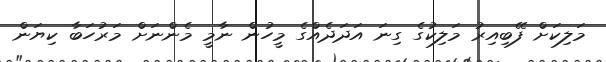
މަލިކަށް ފޭބިއިރު މަލިކުގެ ގިނަ އަދަދެއްގެ މީހުން ނާމީ މެންނަށް މަރުހަބާ ކިޔަން